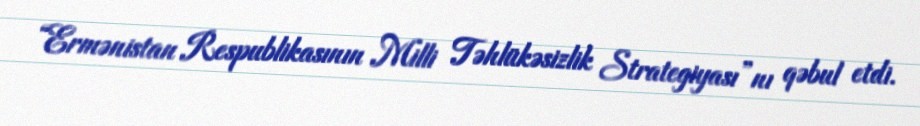
“Ermənistan Respublikasının Milli Təhlükəsizlik Strategiyası”nı qəbul etdi.